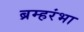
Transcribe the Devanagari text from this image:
ब्रम्हरंभा